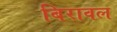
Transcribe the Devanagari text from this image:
बिरावल